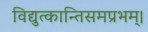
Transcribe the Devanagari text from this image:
विद्युत्कान्तिसमप्रभम्।